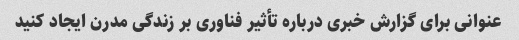
عنوانی برای گزارش خبری درباره تأثیر فناوری بر زندگی مدرن ایجاد کنید